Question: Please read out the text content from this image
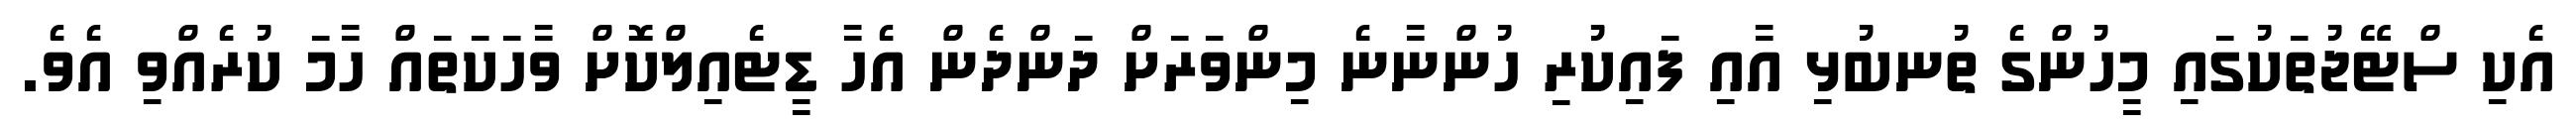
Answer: އެކި ސްޓޭޖުތަކުގައި މީހުންގެ ތުނބުޅި އާއި ފައިކުރި ހުންނާނެ މިންވަރަށް ދަންދެން އެހާ ޑީޓެއިލްކޮށް ވާހަކަތައް ހާމަ ކުރެއްވި އެވެ.